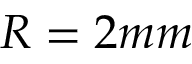
R = 2 m m